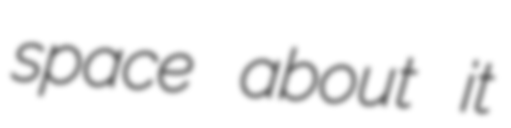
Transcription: space about it